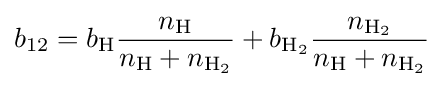
b_{12}=b_{\mathrm {H} }{\frac {n_{\mathrm {H} }}{n_{\mathrm {H} }+n_{\mathrm {H_{2}} }}}+b_{\mathrm {H_{2}} }{\frac {n_{\mathrm {H_{2}} }}{n_{\mathrm {H} }+n_{\mathrm {H_{2}} }}}